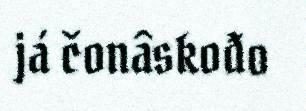
já čonâskođo